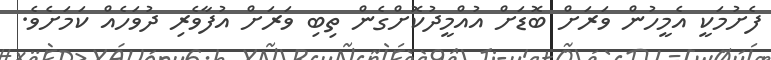
ފެށުމަކީ އެމީހުން ވަރަށް ބޮޑަށް އުއްމީދުކޮށްގެން ތިބި ވަރަށް އުފާވެރި ދުވަހެއް ކަމަށެވެ.